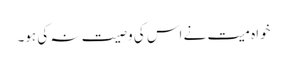
خواہ میت نے اس کی وصیت نہ کی ہو۔